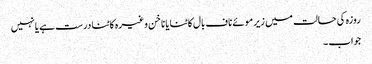
روزہ کی حالت میں زیر موئے ناف بال کاٹنا یا ناخن وغیرہ کاٹنا درست ہے یانہیں
جواب ۔